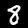
Digit: 8